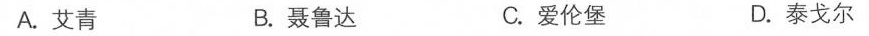
A.艾青 B.聂鲁达 C.爱伦堡 D.泰戈尔